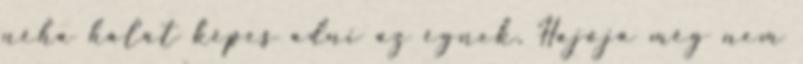
néha hálát képes adni az égnek, Hajója még nem